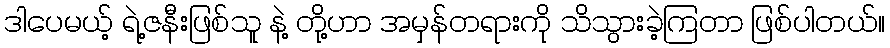
ဒါပေမယ့် ရဲ့ဇနီးဖြစ်သူ နဲ့ တို့ဟာ အမှန်တရားကို သိသွားခဲ့ကြတာ ဖြစ်ပါတယ်။